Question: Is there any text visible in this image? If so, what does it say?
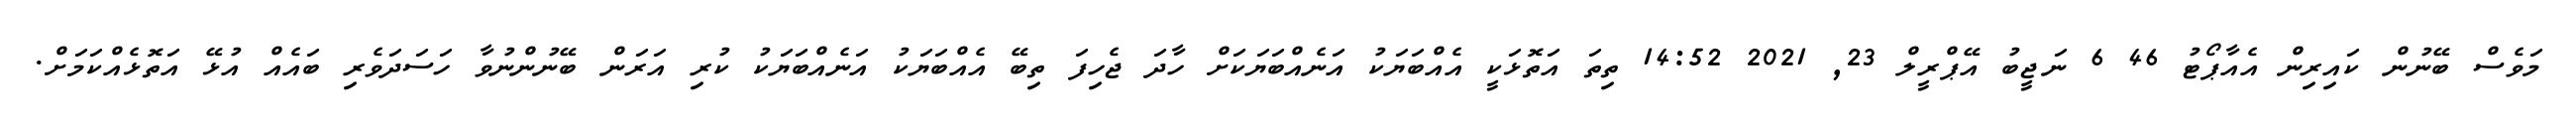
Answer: މަވެސް ބޭނުން ކައިރިން އެއާޕޯޓު 46 6 ނަޖީބު އޭޕްރީލް 23, 2021 14:52 ތިތަ އަތޮޅަކީ އެއްބަޔަކު އަނެއްބަޔަކަށް ހާދަ ޖެހިފަ ތިބޭ އެއްބަޔަކު އަނެއްބަޔަކު ކުރި އަރަން ބޭނުންނުވާ ހަސަދަވެރި ބައެއް އުޅޭ އަތޮޅެއްކަމަށް.